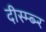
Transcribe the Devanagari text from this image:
दीस्म्ब्र्‍र